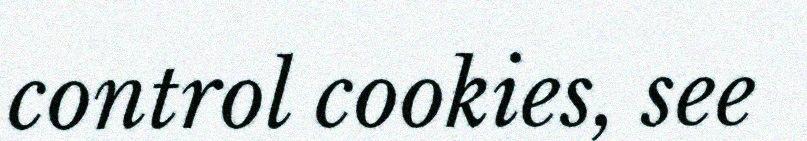
control cookies, see